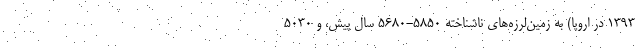
۱۳۹۳ در اروپا) به زمین‌لرزه‌های ناشناخته ۵۸۵۰-۵۶۸۰ سال پیش، و ۵۰۳۰